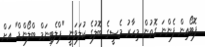
ފޮޓޯއިން ފެންނަ ގޮތުން މިހާރު މެސީގެ ބޮލުގެ ކުލަވަނީ "ޕްލެޓިނަމް ބްލޯންޑް" އަށް